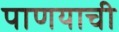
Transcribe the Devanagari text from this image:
पाणयाची